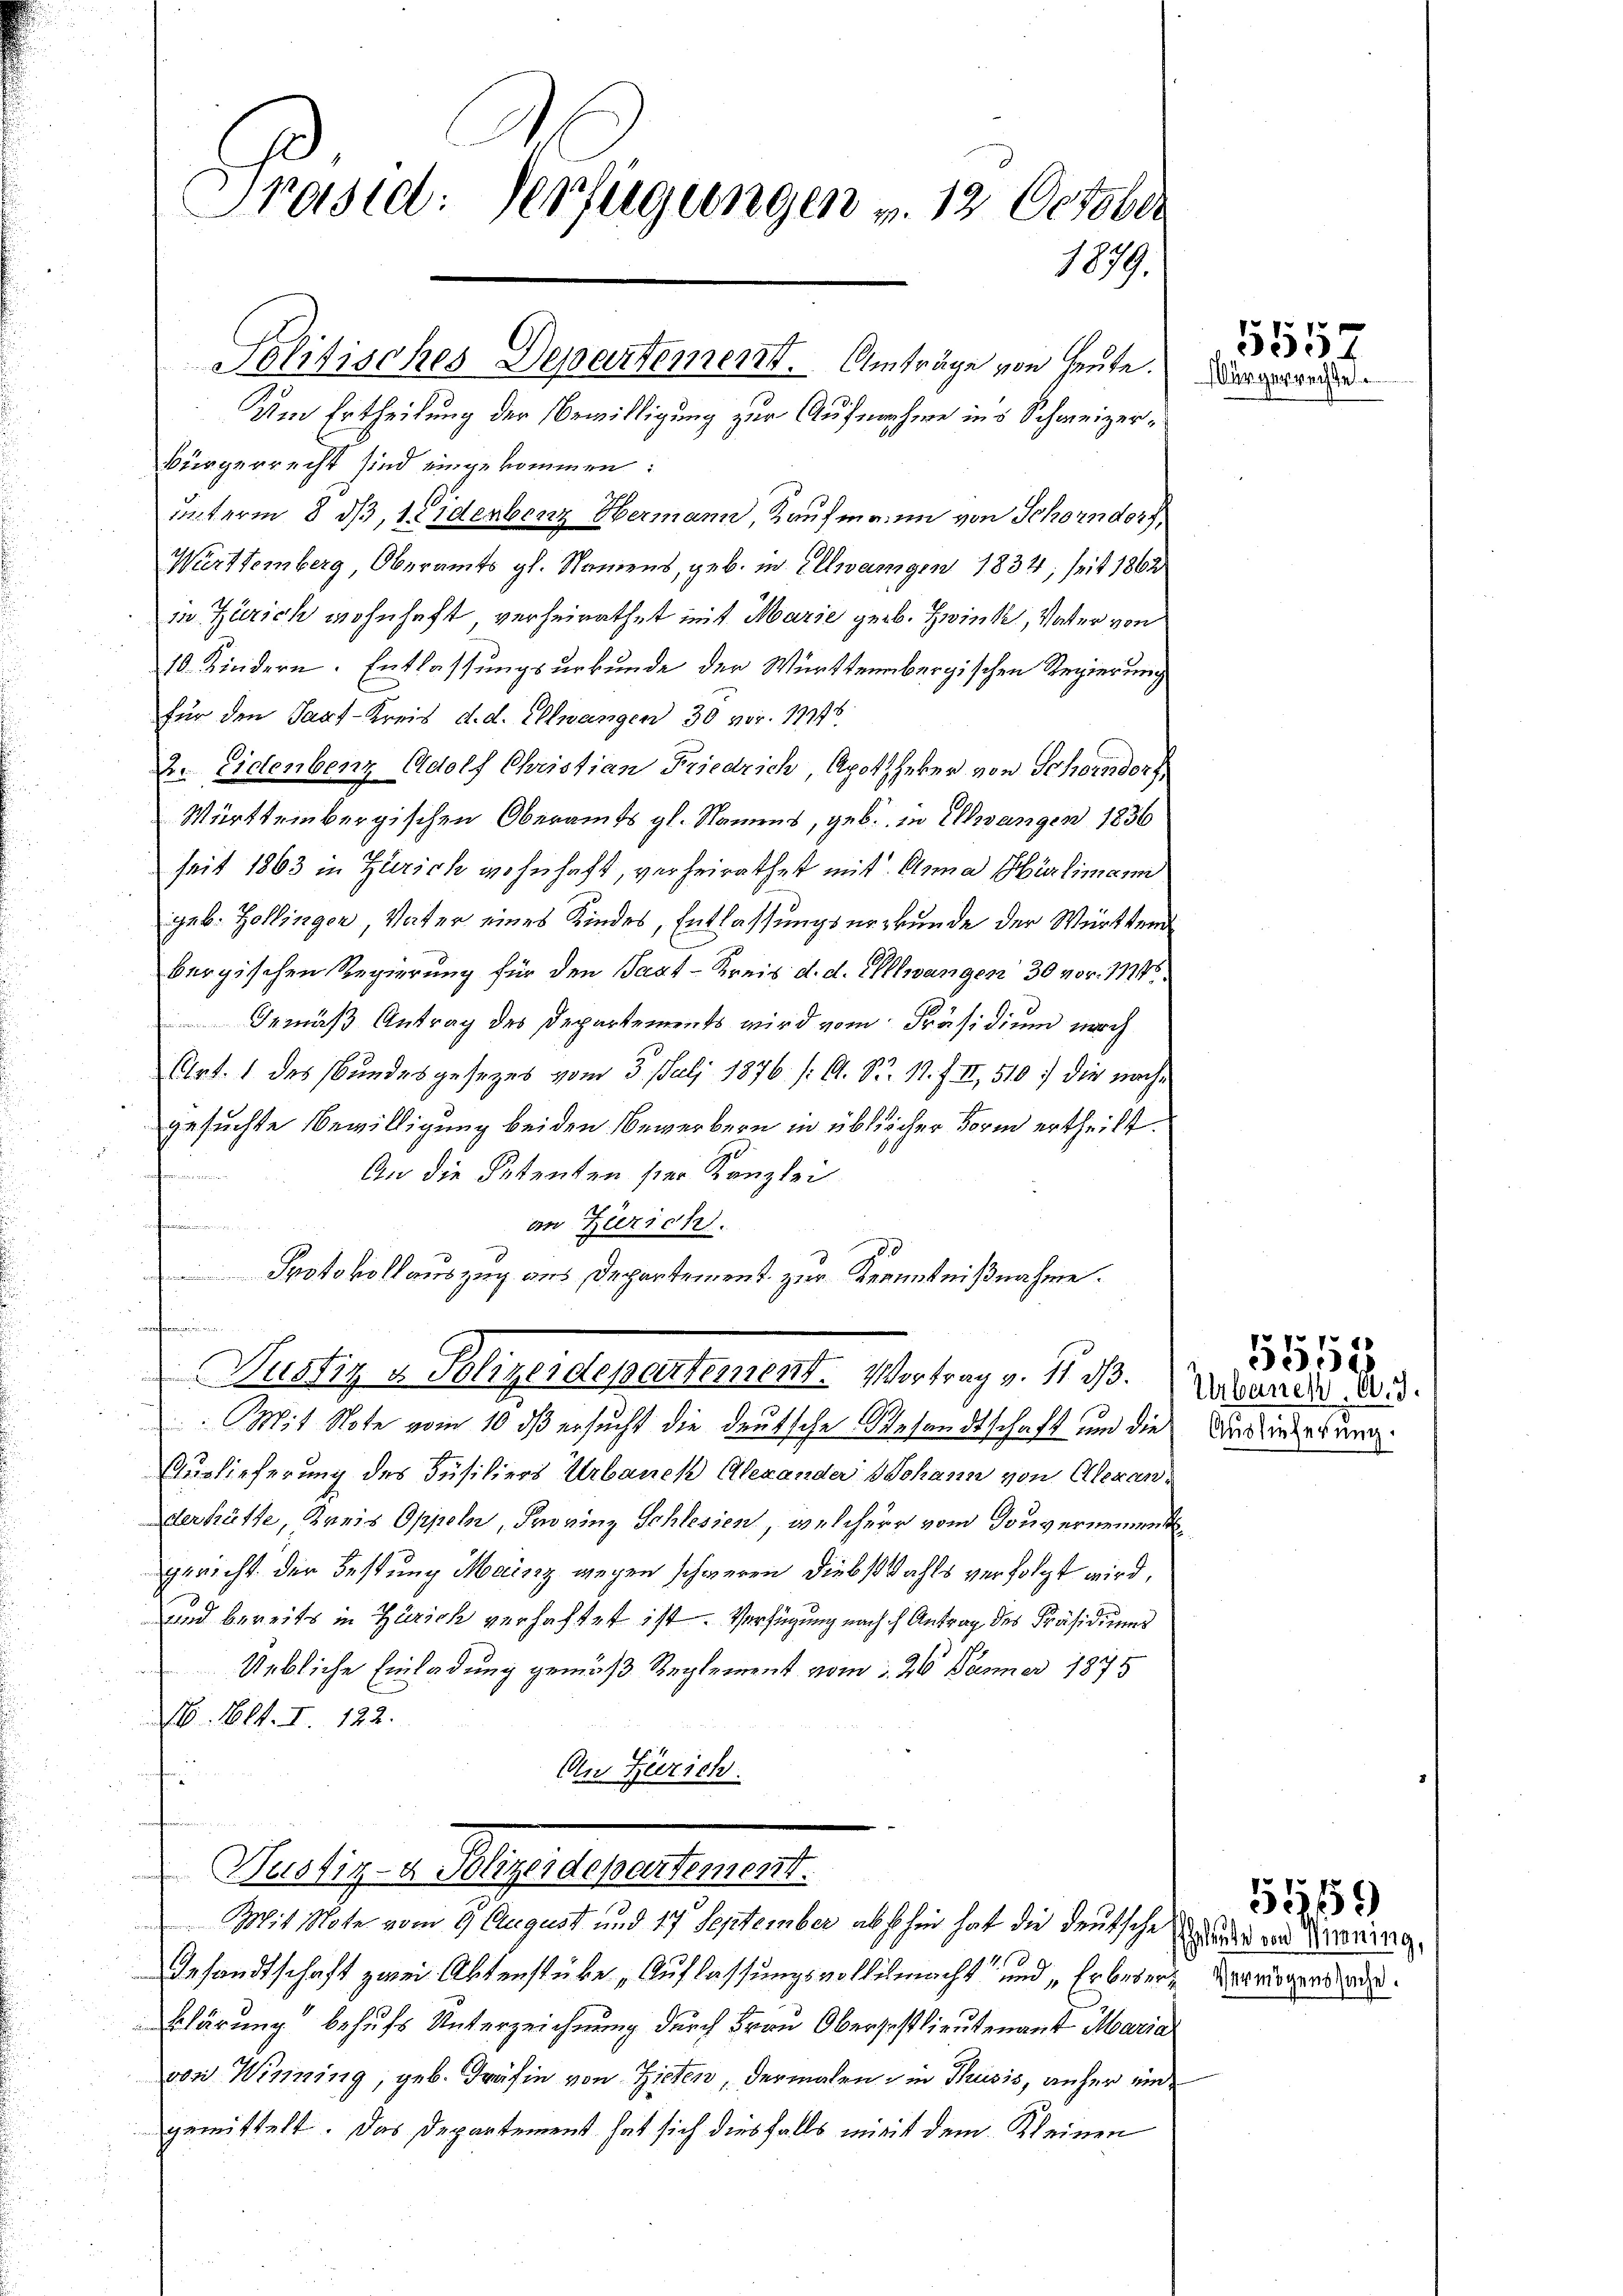
Präsid: Verfügungen u. 12 October
1879.

Politisches Departement. Anträge von Heute.

Um Ertheilung der Bewilligung zur Aufnahme ins Schweizer¬
Bürgerrecht sind eingekommen:
unterm 8 dß, 1 Eidenbenz Hermann, Kaufmann von Schorndorf,
Württemberg, Oberamts gl. Namens, geb. in Ellwangen 1834, seit 1862
in Zürich wohnhaft verheirathet mit Marie geb. Zwinke, Vater von
10. Kindern. Entlassungsurkunde der Württembergischen Regierung
für den Sant-Kreis d. d. Ellwangen 30 vor. 11746
2. Eidenbenz Adolf Christian Friedrich, Apotheker von Schorndorf
Württembergischen Oberamts gl. Namens, geb. in Evangen 1836
seit 1863 in Zürich wohnhaft, verheirathet mit Anna Hürlimann
geb. Zollinger, Vater eines Kindes, Entlassungsurkunde der Württend
bergischen Regierung für den Sagt-Kreis d. d. Allwangen 30 vor. 11746
Gemäß Antrag des Departements wird vom Präsidium nach
Art. 1 des Bundesgesezes vom 3. Juli 1876 /: A. S. 1. f. II, 510. die nachgesuchte Bewilligung beiden Bewerbern in üblicher Form ertheilt.
e
An die Petenten sie Kanzlei
n
an Zürich.
Protokollauszug aus Departement zur Kenntnißnahme.

Nustiz & Polizeidepartement. Vertrag v. S. 28.
Mit Note vom 10 dß ersucht die deutsche Gesandtschaft und die Auslieferung
Auslieferung des Füsiliers Urbanck Alexander Johann von Alerander hätte, Kreis Oppeln, Provinz Schlesien, welcher vom Gouvernement
gericht der Festung Mainz gegen schweren Diebstahls verfolgt wird,
und bereits in Zürich verhaftet ist. Verfügung nach ch Antrag des Präsidium
Uebliche Einladung gemäß Reglement vom 1. 26. Jänner 1844
16. Okt. I. 122.
An Zürich
n
Nustiz- u Pliger depescheinert.
Mit Note vom 9. August und 17 September ab sohin hat die deutsche Wander von Sinnerung.
1
Gesandtschaft zwei Aktenstücke, Auflassungsvollilmacht und „Erbeser Vertrügerade.
klärung“ behufs Unterzeichnung durch Frau Obersestlieutenant Maria
von Wisning, geb. Fräfin von Zielen, dermalen in Thusis, anher eingemittelt. Das Departement hat sich diesfalls mit dem Kleinen

5557
Bürgerrechte.

Urbauen. O. J.

5552

55159